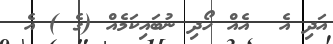
އަދި އެ  އެއް ހޯދި ނުބައިކަމެއް (ގެ ) އެ